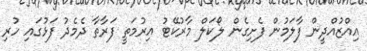
އިއްޒުއްދީން ފާލަމުން ފެށިގެން ލޯކަލް މާރުކޭޓު އިރުމަތީ ފަރާތާ ދެމެދު ފަޅުގައި ހުރި